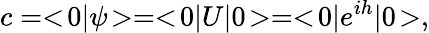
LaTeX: c=<\! 0|\psi\! >=<\! 0|U|0\! >=<\! 0|e^{ih}|0\! >,